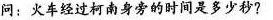
问：火车经过柯南身旁的时间是多少秒?